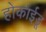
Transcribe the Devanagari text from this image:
होकाईडू